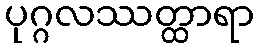
ပုဂ္ဂလဿတ္ထာရာ